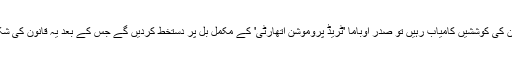
اگر ری پبلکن ارکان کی کوششیں کامیاب رہیں تو صدر اوباما 'ٹریڈ پروموشن اتھارٹی' کے مکمل بِل پر دستخط کردیں گے جس کے بعد یہ قانون کی شکل اختیار کرلے گا۔